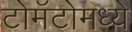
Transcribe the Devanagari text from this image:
टोमॅटोमध्ये